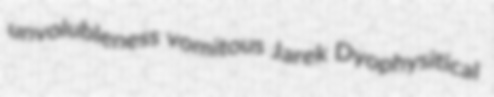
unvolubleness vomitous Jarek Dyophysitical